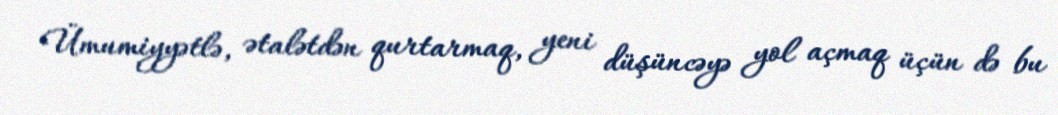
Ümumiyyətlə, ətalətdən qurtarmaq, yeni düşüncəyə yol açmaq üçün də bu